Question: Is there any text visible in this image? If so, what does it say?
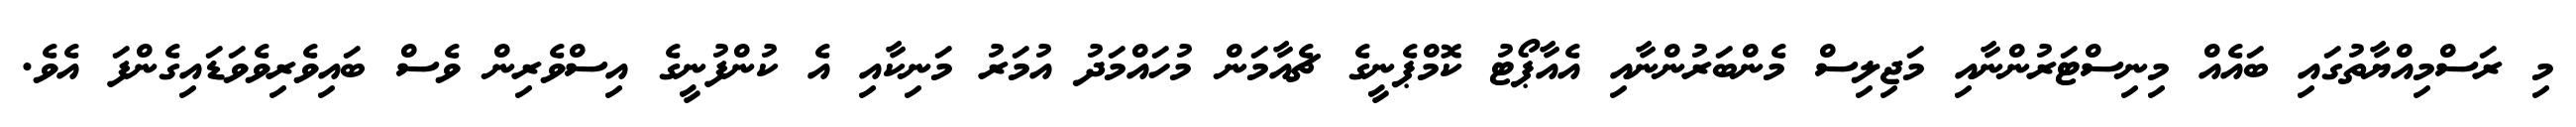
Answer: މި ރަސްމިއްޔާތުގައި ބައެއް މިނިސްޓަރުންނާއި މަޖިލިސް މެންބަރުންނާއި އެއާޕޯޓު ކޮމްޕެނީގެ ޗެއާމަން މުހައްމަދު އުމަރު މަނިކާއި އެ ކުންފުނީގެ އިސްވެރިން ވެސް ބައިވެރިވެވަޑައިގެންފަ އެވެ.